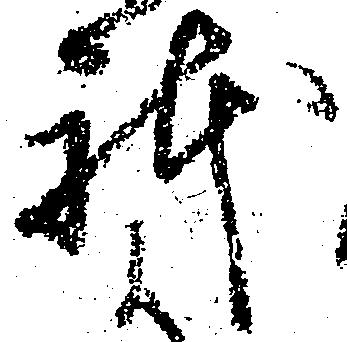
躰